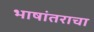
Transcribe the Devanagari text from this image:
भाषांतराचा